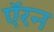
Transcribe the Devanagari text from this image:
ऍरन